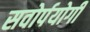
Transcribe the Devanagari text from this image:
सवोर्पयोगी